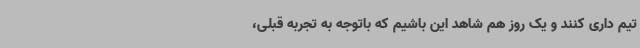
تیم داری کنند و یک روز هم شاهد این باشیم که باتوجه به تجربه قبلی،